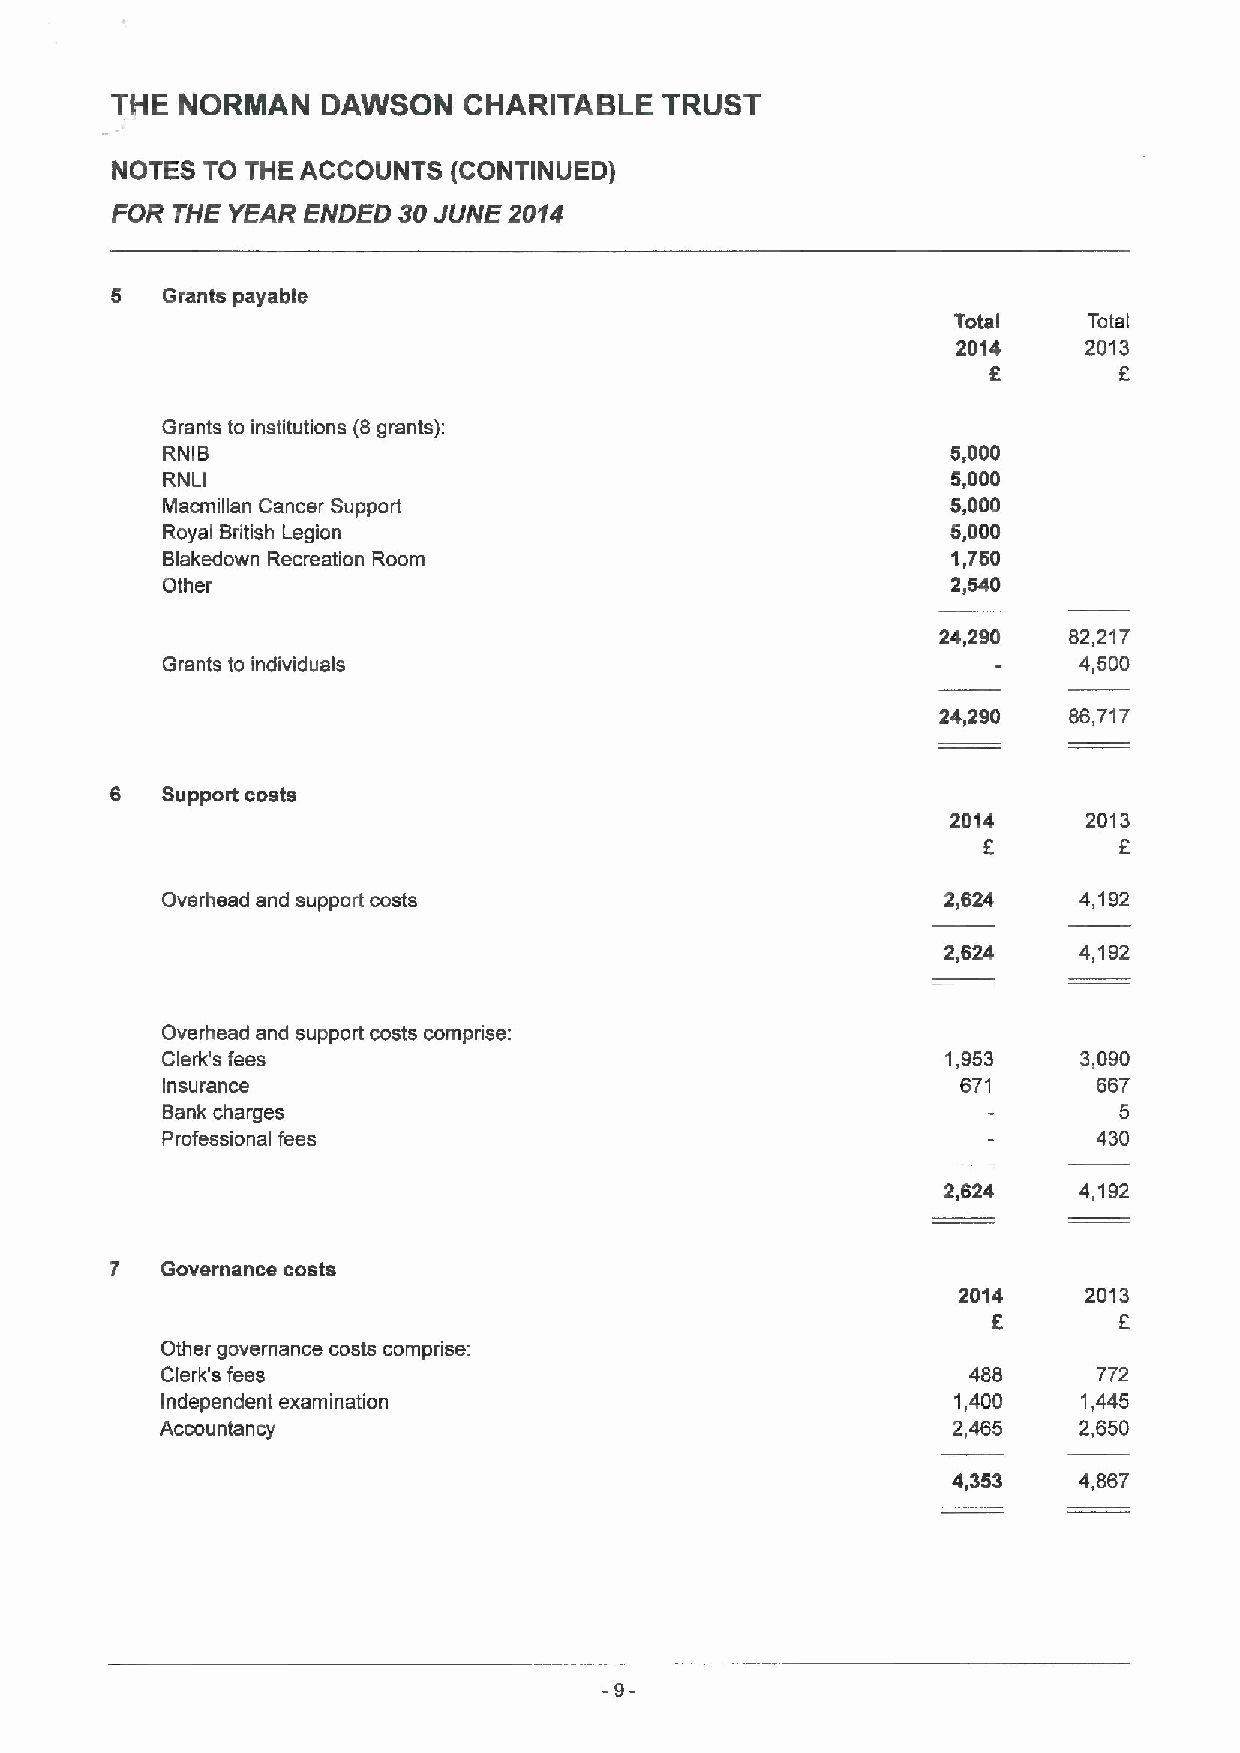
THE  NORMAN   DAWSON    CHARITABLE   TRUST
 NOTES TO THE ACCOUNTS  (CONTINUED)
 FOR THE YEAR ENDED 30JUNE  2014
 5   Grants payable
 Total    Total
 2014     2013
 f
 6
 Grants to institutions (8grants):
 RNIB                                                5,000
 RNI                                                 5,000
 I
 Macmillan Cancer Support                            5,000
 Royal British Legion                                5,000
 Blakedown Recreation Room                           1,750
 Other                                               2,540
 24,290   82,217
 Grants to individuals                                       4,500
 24,290   86,717
 6   Support costs
 2014     2013
 5        6
 Overhead and support costs                          2,624   4,192
 2,624    4,192
 Overhead and support costs comprise:
 Clerk's fees                                        1,953    3,090
 Insurance                                            671      667
 Bank charges                                                   5
 Professional fees                                             430
 2,624    4,192
 7   Governance costs
 2014     2013
 8
 Other governance costs comprise:
 Clerk's fees                                         488      772
 Independent examination                             1,400    1,445
 Accountancy                                         2,465   2,650
 4,353   4,867